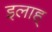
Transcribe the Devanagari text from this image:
इलाह्